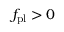
f _ { \mathrm { p l } } > 0